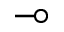
\multimap